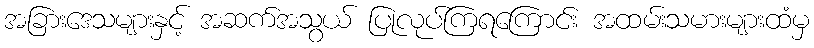
အခြားဒေသများနှင့် အဆက်အသွယ် ပြုလုပ်ကြရကြောင်း အထမ်းသမားများထံမှ